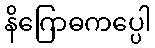
နိဂြောဓကပ္ပေါ